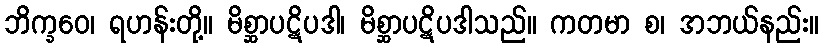
ဘိက္ခဝေ၊ ရဟန်းတို့။ မိစ္ဆာပဋိပဒါ၊ မိစ္ဆာပဋိပဒါသည်။ ကတမာ စ၊ အဘယ်နည်း။